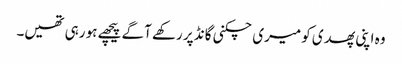
وہ اپنی پھدی کو میری چکنی گانڈ پر رکھے آگے پیچھے ہو رہی تھیں۔